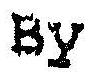
BY